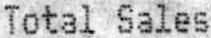
TOTAL SALES